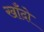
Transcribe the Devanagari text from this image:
खाँदो